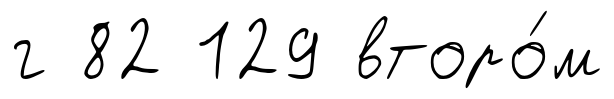
г 82 129 второ́м